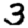
Digit: 3